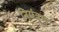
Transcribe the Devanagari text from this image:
नियंत्रण्‌